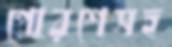
পোরশেসহ